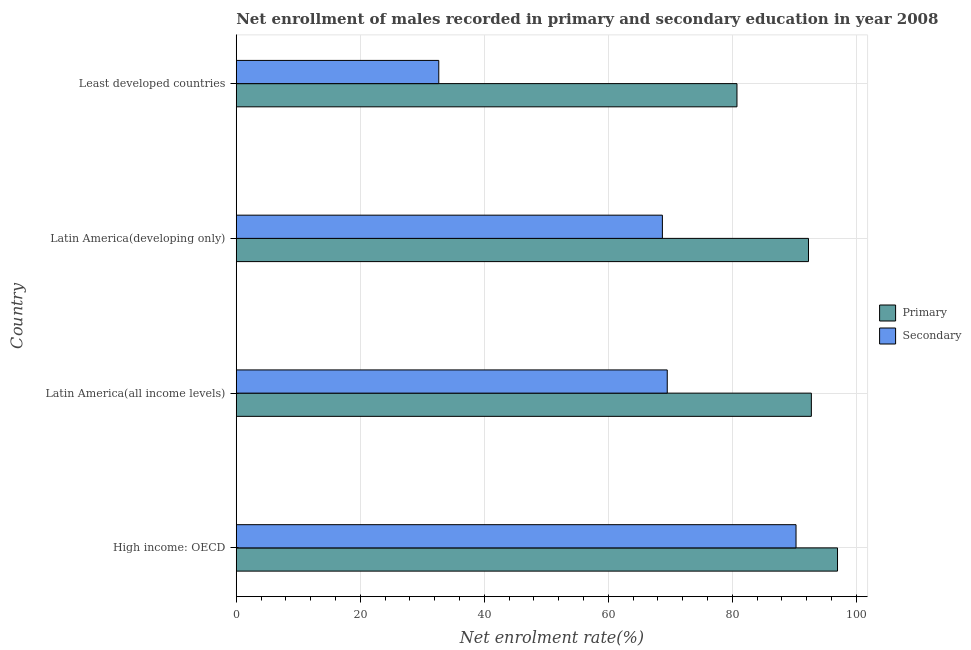
| Country | Primary | Secondary |
 | --- | --- | --- |
 | High income: OECD | 97 | 90.3 |
 | Latin America(all income levels) | 92.8 | 69.5 |
 | Latin America(developing only) | 92.3 | 68.7 |
 | Least developed countries | 80.8 | 32.7 |